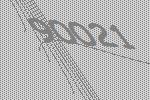
90021